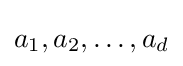
a_{1},a_{2},\ldots ,a_{d}